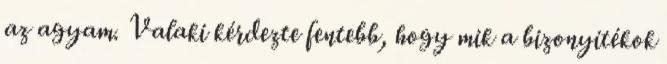
az agyam. Valaki kérdezte fentebb, hogy mik a bizonyítékok